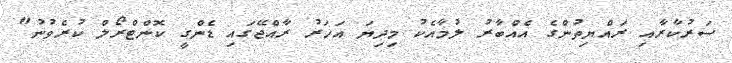
ސަރުކާރާއި ރައްޔިތުންގެ އެއްބާރު ލުމާއެކު މިދިޔަ އަހަރު ރާއްޖޭގައި ޑެންގީ ކޮންޓްރޯލް ކުރެވުނު"